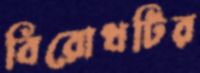
বিরোধটির